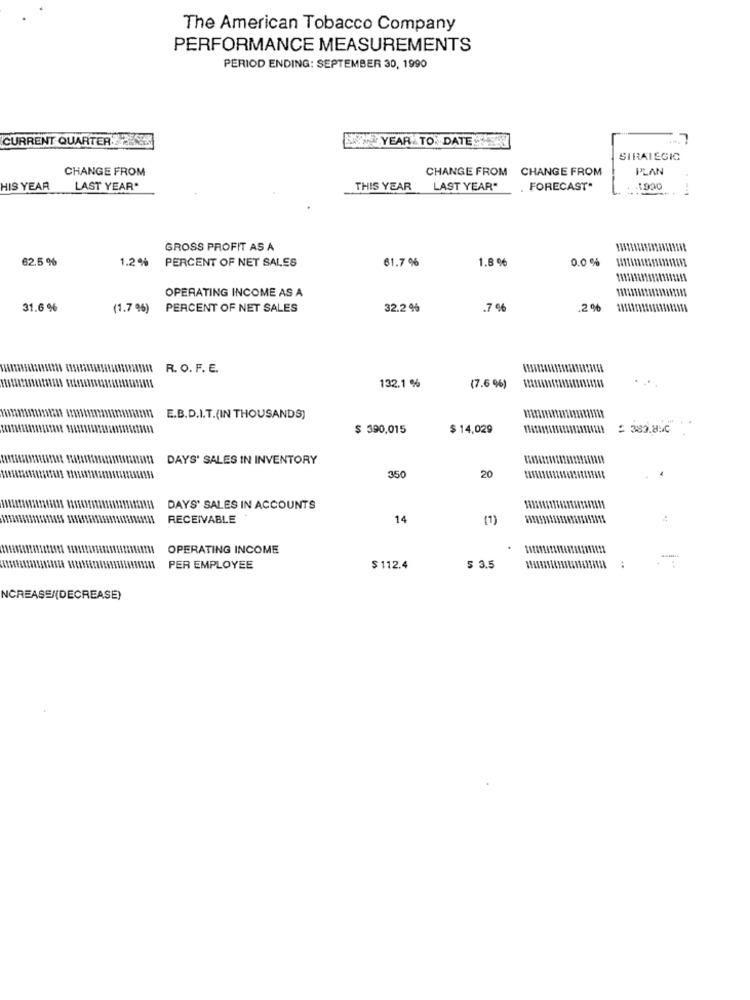
The American Tobacco Company
PERFORMANCE MEASUREMENTS
PERIOD ENDING: SEPTEMBER 30, 1990
CURRENT QUARTER 2
SIMYEAR TO DATE
STRATEGIC
CHANGE FROM
CHANGE FROM CHANGE FROM
PLAN
HIS YEAR
LAST YEAR"
THIS YEAR
LAST YEAR"
. FORECAST"
GROSS PROFIT AS A
62.5 %
1.2%
PERCENT OF NET SALES
61.7 %
1.8 %
0.0 %
OPERATING INCOME AS A
31.6 %
(1.7 9%)
PERCENT OF NET SALES
32.2 %
.7 %
.2%
R. O. F. E.
132.1 %
(7.6 %)
E.B.D.I.T.(IN THOUSANDS)
-
$ 390,015
$ 14,029
: 382.8MC
DAYS' SALES IN INVENTORY
4
350
20
DAYS' SALES IN ACCOUNTS
RECEIVABLE
14
(1)
OPERATING INCOME
PER EMPLOYEE
$ 112.4
$ 3,5
NCREASE/(DECREASE)